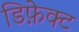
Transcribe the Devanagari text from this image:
डिफ़ेक्ट